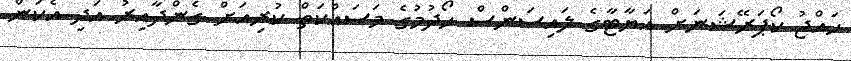
ހައްޖު ކޯޕަރޭޝަނަށް އަޔާޓާގެ ލައިސަންސް ހޯދުމުގެ މަސައްކަތް ކުރިއަށް ގެންދާއިރު އަދި އެކަން